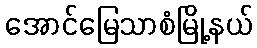
အောင်မြေသာစံမြို့နယ်